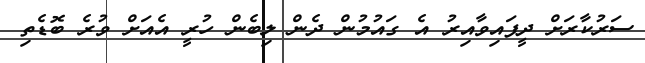
ސަރުކާރަށް ދީފައިވާއިރު އެ ގައުމުން ދެން ލިބެން ހުރީ އެއަށް ވުރެ ބޮޑެތި